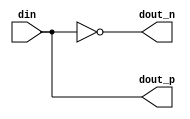
// This program was cloned from: https://github.com/intel/aib-phy-hardware
// License: Apache License 2.0

// SPDX-License-Identifier: Apache-2.0
// Copyright (C) 2019 Intel Corporation. All rights reserved
//------------------------------------------------------------------------
// Copyright (c) 2012 Altera Corporation. All rights reserved.
//
// reproduce without proper written authorization. A copyright
// notice must be reproduced on all authorized copies. Please destroy all
// copies immediately upon receipt if you have not received such
// authorization.
//------------------------------------------------------------------------
// Revision:    $Revision: 1 $
//------------------------------------------------------------------------
// Description: gated 8 clock phases for powerdown and regulator power domain crossing
//
//------------------------------------------------------------------------

module aibcr3_split_align (
input          din,           		// input
output         dout_p,           	// splitted output positive
output         dout_n           	// splitted output negative
);

`ifdef TIMESCALE_EN
                timeunit 1ps;
                timeprecision 1ps;
`endif

parameter  INV_DELAY      = 15;  // 15ps

assign #(2 * INV_DELAY) dout_p = din;
assign #(2 * INV_DELAY) dout_n = ~din;

endmodule